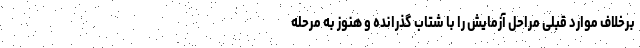
برخلاف موارد قبلی مراحل آزمایش را با شتاب گذرانده و هنوز به مرحله